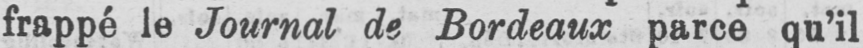
frappé le Journal de Bordeaux parce qu’il